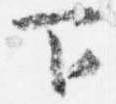
下